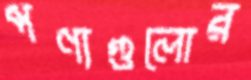
পণ্যগুলোর